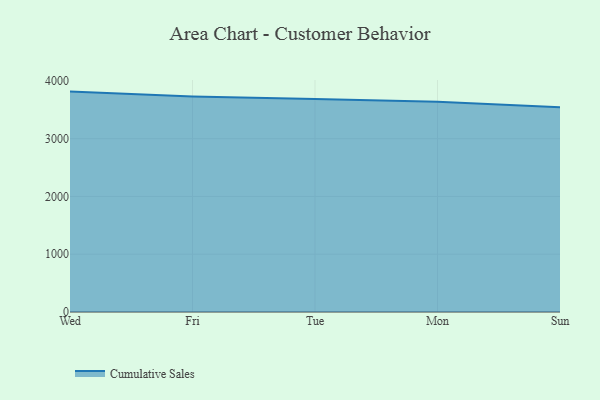
{"axis": {"x": "Day", "y": "Customer Acquisition Cost (USD)"}, "legend": ["Cumulative Sales"], "data": [{"x": "Wed", "y": 3814.5, "type": "Cumulative Sales"}, {"x": "Fri", "y": 3730.6, "type": "Cumulative Sales"}, {"x": "Tue", "y": 3686.5, "type": "Cumulative Sales"}, {"x": "Mon", "y": 3639.7, "type": "Cumulative Sales"}, {"x": "Sun", "y": 3541.7, "type": "Cumulative Sales"}]}